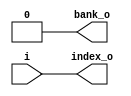
/* Generated by Yosys 0.27+9 (git sha1 101d19bb6, gcc 11.2.0-7ubuntu2 -fPIC -Os) */

(* top =  1  *)

module bsg_hash_bank(i, bank_o, index_o);
  
  output bank_o;
  wire bank_o;
  
  input [15:0] i;
  wire [15:0] i;
  
  output [15:0] index_o;
  wire [15:0] index_o;
  assign bank_o = 1'h0;
  assign index_o = i;
endmodule